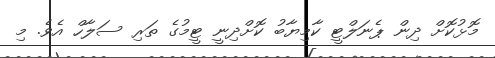
މޮޅުކޮށް ދިން ޕެނަލްޓީ ކާމިޔާބު ކޮށްދިނީ ޓީމުގެ ތަރި ސަލާހް އެވެ. މި